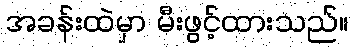
အခန်းထဲမှာ မီးဖွင့်ထားသည်။